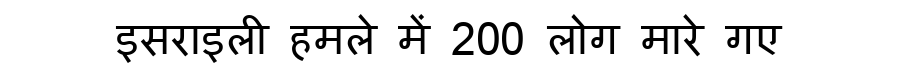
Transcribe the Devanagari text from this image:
इसराइली हमले में 200 लोग मारे गए